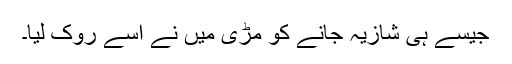
جیسے ہی شازیہ جانے کو مڑی میں نے اسے روک لیا۔